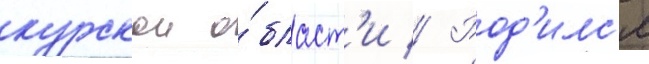
курскои о́бласт'и // Род'илс'я